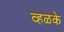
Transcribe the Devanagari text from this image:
व्हळके